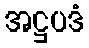
အဋ္ဌပဒံ